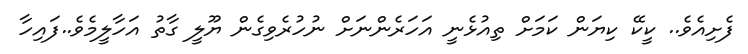
ފެށިއެވެ.. ކީކޭ ކިޔަން ކަމަށް ތިއުޅެނީ އަހަރެންނަށް ނުހުރެވިގެން ޔޫލީ ގާތު އަހާލީމެވެ..ފައިހާ